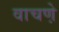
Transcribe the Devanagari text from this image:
वाचणे़